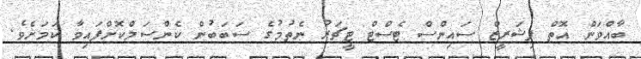
ބާއްވަން އޮތް ފިޝަރީޒް ސައިންސް ޓެސްޓް ޓީޗަރު ނެތުމުގެ ސަބަބުން ކެންސަލްކޮށްފައިވާ ކަމަށެވެ.